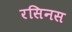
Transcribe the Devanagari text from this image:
रसिनस